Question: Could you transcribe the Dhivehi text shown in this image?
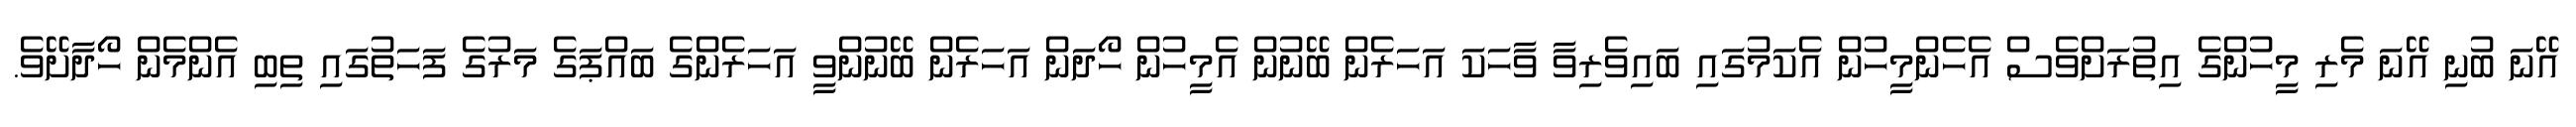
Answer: އޭނަ ބުނި އޭނަ މެރި މީހުންގެ އިތުރަށްވެސް އެހެންމީހުން އެކަމުގައި ބައިވެރިވާ ވާހަކަ އަހަރެން ބޭނުން އެމީހުން ހޯދަން އަހަރެން ބޭނުންވީ އަހަރެންގެ ބައްޕަގެ މަރުގެ ފަހަތުގައި ތިބި އެންމެން ހޯދާށޭވެ.